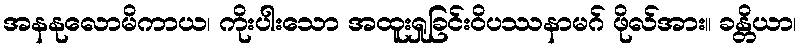
အနနုလောမိကာယ၊ ကိုးပါးသော အထူးရှုခြင်းဝိပဿနာမဂ် ဖိုလ်အား။ ခန္တိယာ၊